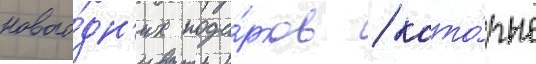
нового́дн'их пода́рков / кото́рые